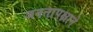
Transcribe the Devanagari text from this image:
जनतापक्षाने